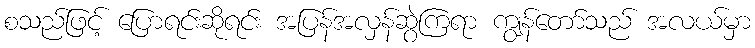
စသည်ဖြင့် ပြောရင်းဆိုရင်း အပြန်အလှန်ဆွဲကြရာ ကျွန်တော်သည် အလယ်မှာ